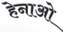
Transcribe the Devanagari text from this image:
हेनाओ